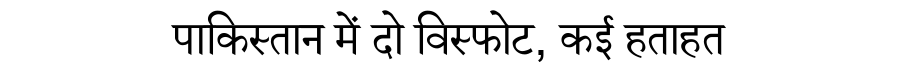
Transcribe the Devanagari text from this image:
पाकिस्तान में दो विस्फोट, कई हताहत